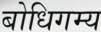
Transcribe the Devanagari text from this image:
बोधिगम्य